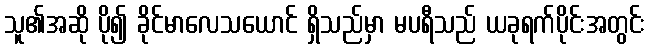
သူ၏အဆို ပို၍ ခိုင်မာလေသယောင် ရှိသည်မှာ မပရီသည် ယခုရက်ပိုင်းအတွင်း